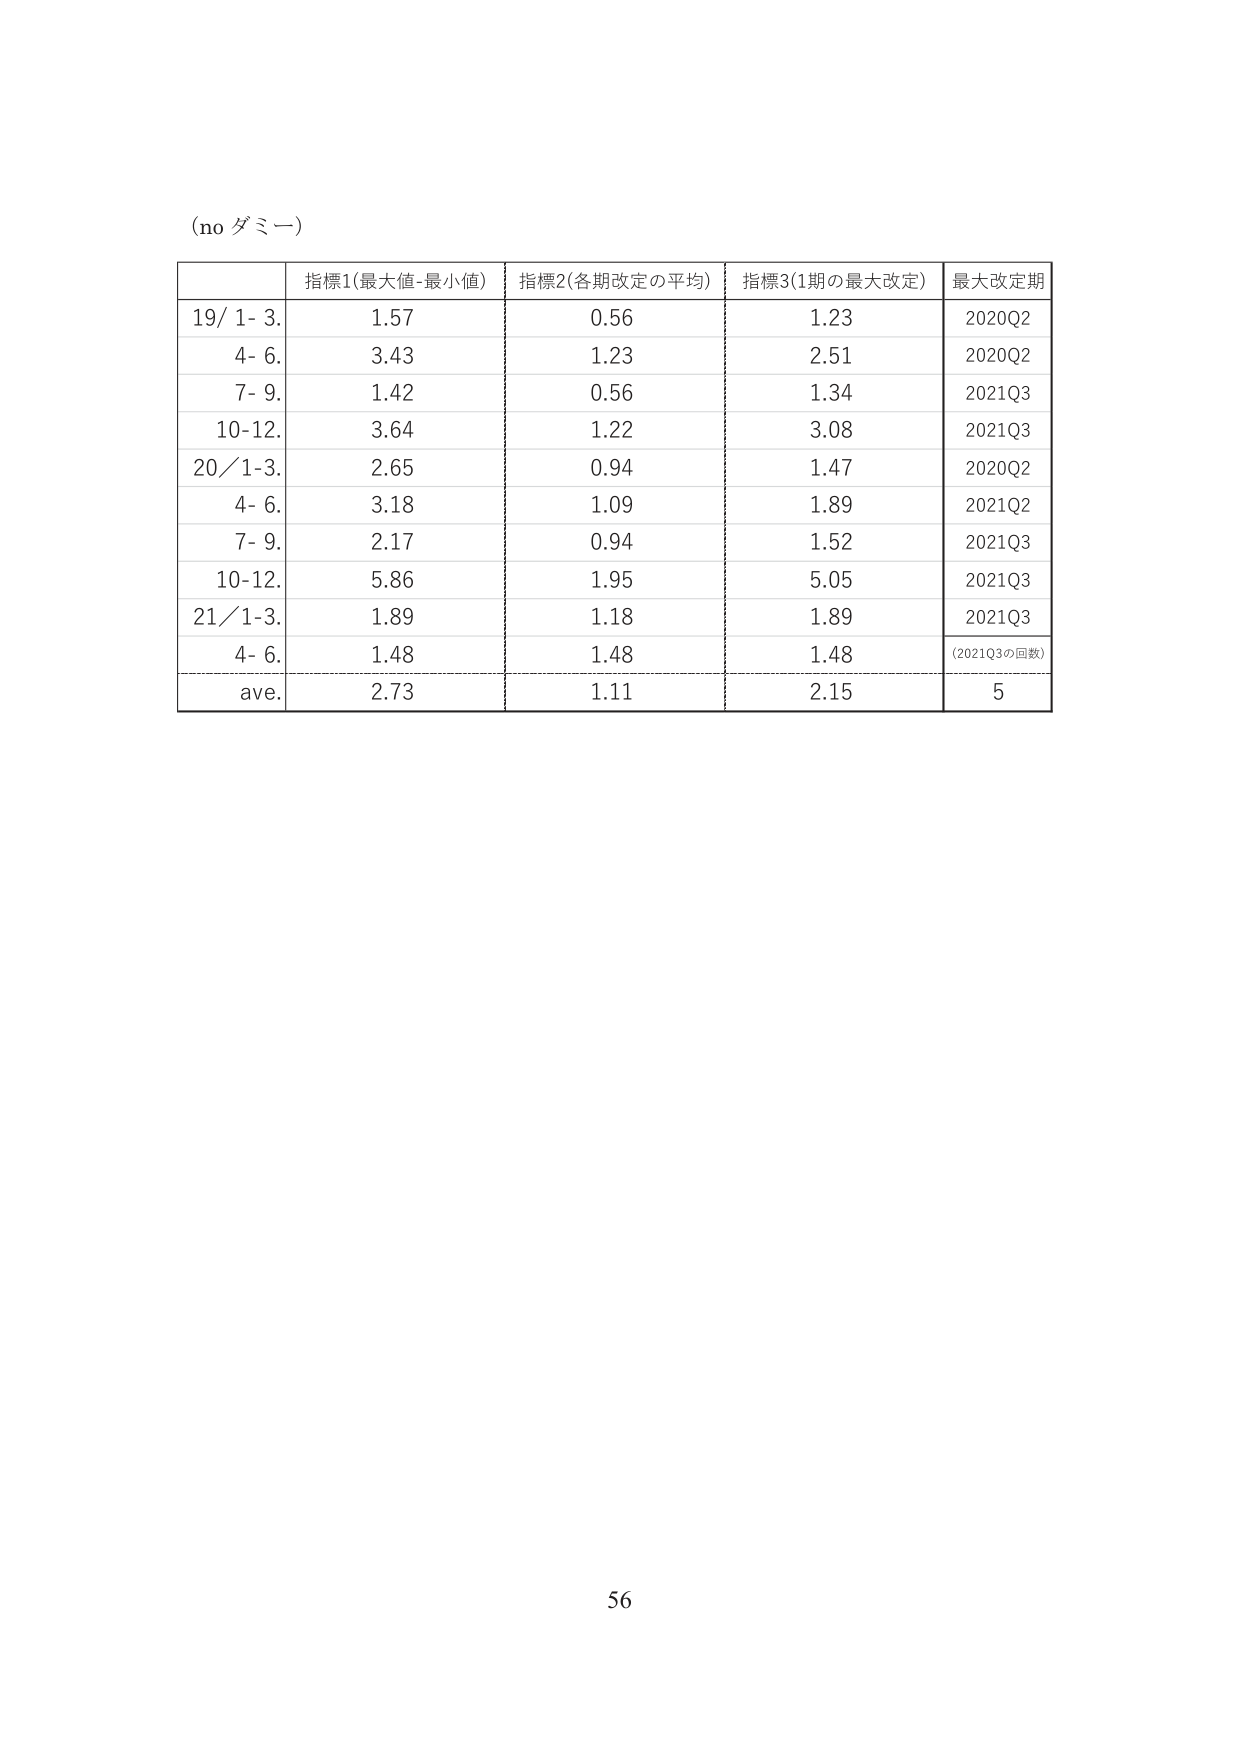
(no ダミー)

指標1(最大値-最小値) 指標2(各期改定の平均) 指標3(1期の最大改定) 最大改定期
19/ 1- 3. 1.57 0.56 1.23 2020Q2
4- 6. 3.43 1.23 2.51 2020Q2
7- 9. 1.42 0.56 1.34 2021Q3
10-12. 3.64 1.22 3.08 2021Q3
20/1-3. 2.65 0.94 1.47 2020Q2
4- 6. 3.18 1.09 1.89 2021Q2
7- 9. 2.17 0.94 1.52 2021Q3
10-12. 5.86 1.95 5.05 2021Q3
21/1-3. 1.89 1.18 1.89 2021Q3
4- 6. 1.48 1.48 1.48 (2021Q3の回数)
ave. 2.73 1.11 2.15 5

56